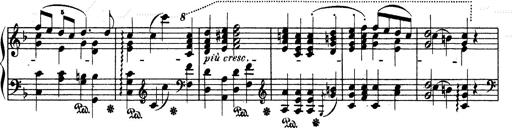
Title: Ave Maria d' Arcadelt
Composer: Franz Liszt